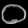
Digit: ၀